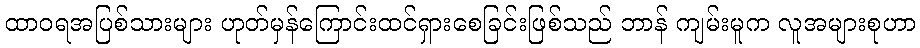
ထာဝရအပြစ်သားများ ဟုတ်မှန်ကြောင်းထင်ရှားစေခြင်းဖြစ်သည် ဘာန် ကျမ်းမူက လူအများစုဟာ